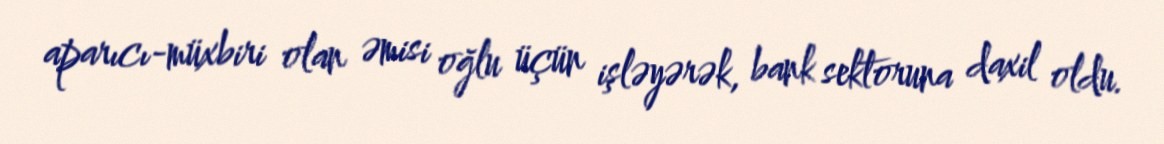
aparıcı-müxbiri olan əmisi oğlu üçün işləyərək, bank sektoruna daxil oldu.